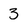
Character: 3